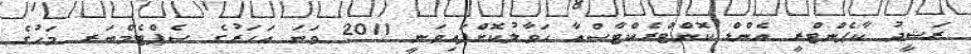
ރަޝީދު ކާޕެންޓްރީ އެންޑް ކޮންޓްރެކްޓާސްއާ ހަވާލުކޮށްފައިވަނީ 2011 ވަނަ އަހަރުގެ ސެޕްޓެމްބަރ މަހުގެ